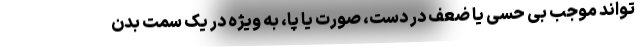
تواند موجب بی حسی یا ضعف در دست، صورت یا پا، به ویژه در یک سمت بدن